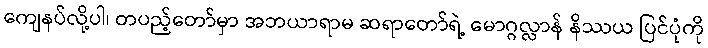
ကျေနပ်လို့ပါ၊ တပည့်တော်မှာ အဘယာရာမ ဆရာတော်ရဲ့ မောဂ္ဂလ္လာန် နိဿယ ပြင်ပုံကို